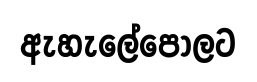
ඇහැලේපොලට